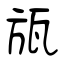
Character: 瓬